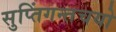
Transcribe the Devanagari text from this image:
सुप्तिंगन्तचयो